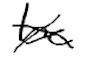
Text: be
Cross-out: cross
Writing tool: digital_black